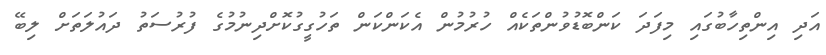
އަދި އިންތިހާބުގައި މިފަދަ ކަންބޮޑުވުންތަކެއް ހުރުމުން އެކަންކަން ތަހުގީގުކޮށްދިނުމުގެ ފުރުސަތު ދައުލަތަށް ލިބޭ